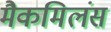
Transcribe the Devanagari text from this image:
मैकमिलंस